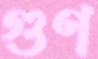
গুণ